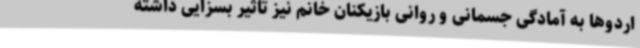
اردوها به آمادگی جسمانی و روانی بازیکنان خانم نیز تاثیر بسزایی داشته